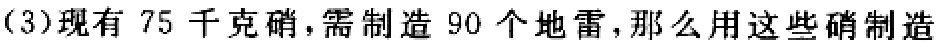
(3)现有 75 千克硝，需制造 90 个地雷，那么用这些硝制造